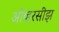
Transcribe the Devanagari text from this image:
ओव्हरसीझ